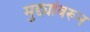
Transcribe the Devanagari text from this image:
मुद्द्यांवरून